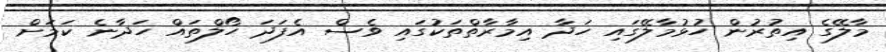
މާލޭގެ އިތުރުން ހުޅުމާލޭގައި ހަދާ އިމާރާތްތަކުގައި ވެސް އެފަދަ ހޯލްތައް ހަދާނެ ކަމަށް